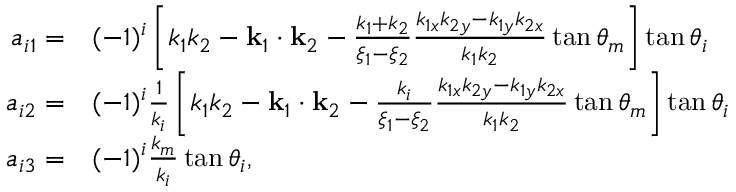
\begin{array} { r l } { a _ { i 1 } = } & { { } ( - 1 ) ^ { i } \left[ k _ { 1 } k _ { 2 } - \mathbf { k } _ { 1 } \cdot \mathbf { k } _ { 2 } - \frac { k _ { 1 } + k _ { 2 } } { \xi _ { 1 } - \xi _ { 2 } } \frac { k _ { 1 x } k _ { 2 y } - k _ { 1 y } k _ { 2 x } } { k _ { 1 } k _ { 2 } } \tan \theta _ { m } \right] \tan \theta _ { i } } \\ { a _ { i 2 } = } & { { } ( - 1 ) ^ { i } \frac { 1 } { k _ { i } } \left[ k _ { 1 } k _ { 2 } - \mathbf { k } _ { 1 } \cdot \mathbf { k } _ { 2 } - \frac { k _ { i } } { \xi _ { 1 } - \xi _ { 2 } } \frac { k _ { 1 x } k _ { 2 y } - k _ { 1 y } k _ { 2 x } } { k _ { 1 } k _ { 2 } } \tan \theta _ { m } \right] \tan \theta _ { i } } \\ { a _ { i 3 } = } & { { } ( - 1 ) ^ { i } \frac { k _ { m } } { k _ { i } } \tan \theta _ { i } , } \end{array}